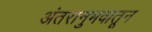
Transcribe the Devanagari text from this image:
अंतरानुभवातून